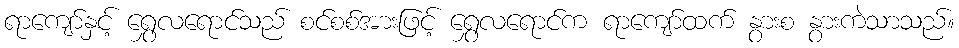
ရာကျော်နှင့် ရွှေလရောင်သည် စင်စစ်အားဖြင့် ရွှေလရောင်က ရာကျော်ထက် နွားစ နွားကဲသာသည်။